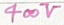
Text: 400V